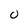
Character: 0